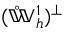
( \mathring { \mathbb { W } } _ { h } ^ { 1 } ) ^ { \perp }